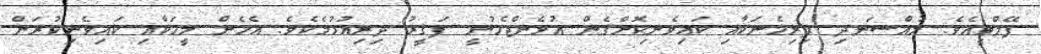
ފޭލްވީއެވެ. މުއްސަނދި ފިރިހެނަކާއި ކައިވެނިކޮށްގެން އުޅެންޖެހުނީ ފަޤީރު ދިރިއުޅުމެކެވެ. އެހެން މީހަކާއި ކައިވެނިކުރަން